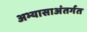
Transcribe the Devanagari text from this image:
अभ्यासाअंतर्गत